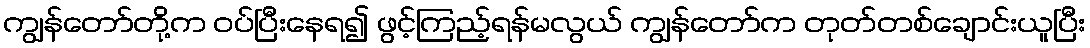
ကျွန်တော်တို့က ဝပ်ပြီးနေရ၍ ဖွင့်ကြည့်ရန်မလွယ် ကျွန်တော်က တုတ်တစ်ချောင်းယူပြီး